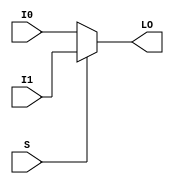
module MUXF8_L (LO, I0, I1, S);

    output LO;
    reg    LO;

    input  I0, I1, S;

	always @(I0 or I1 or S) 
            if (S)
		LO = I1;
	    else
		LO = I0;
endmodule